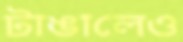
টাঙালেও